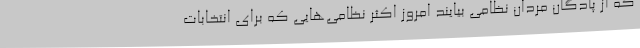
که از پادگان مردان نظامی بیایند امروز اکثر نظامی‌هایی که برای انتخابات